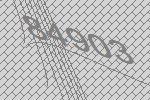
84903